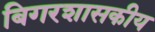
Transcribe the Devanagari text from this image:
बिगरशासकीय